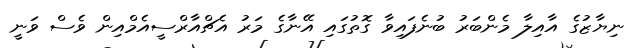
ނިޔާޒުގެ އާއިލާ މެންބަރު ބުނެފައިވާ ގޮތުގައި އޭނާގެ މަރު އެޗްއާރްސީއެމްއިން ވެސް ވަނީ